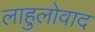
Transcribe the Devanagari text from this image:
लाहुलोवाद